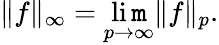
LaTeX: \| f\| _{\infty}=\operatorname*{li\mathtt{m}}_{p\to\infty}\| f\| _{p}.